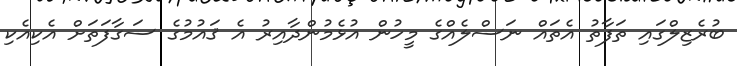
ބުރެޒިލްގައި ތަފާތު އެތައް ނަސްލެއްގެ މީހުން އުޅެމުންދާއިރު އެ ޤައުމުގެ ސަގާފަތަށް އެކިއެކި